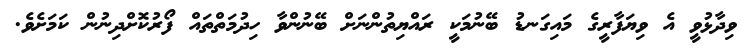
ވިދާޅުވީ އެ ވިޔަފާރީގެ މައިގަނޑު ބޭނުމަކީ ރައްޔިތުންނަށް ބޭނުންވާ ހިދުމަތްތައް ފޯރުކޮށްދިނުން ކަމަށެވެ.